Source: Handwritten
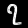
Digit: ၇ (7)